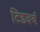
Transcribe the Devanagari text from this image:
टिडवर्थ